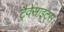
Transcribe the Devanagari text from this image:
ट्रैवेसाइट्स